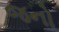
જનો